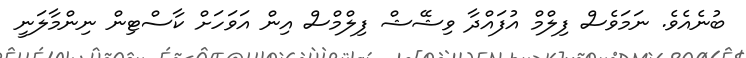
ބުނެއެވެ. ނަމަވެސް ފިލްމް އުފައްދާ ވިޝޭޝް ފިލްމްސް އިން އަވަހަށް ކާސްޓިން ނިންމާލަނީ